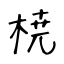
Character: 𣓤